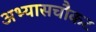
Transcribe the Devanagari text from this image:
अभ्यासचौकट